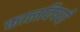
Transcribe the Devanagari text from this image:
कालविषयी